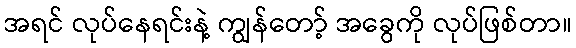
အရင် လုပ်နေရင်းနဲ့ ကျွန်တော့် အခွေကို လုပ်ဖြစ်တာ။